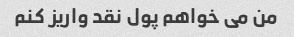
من می خواهم پول نقد واریز کنم